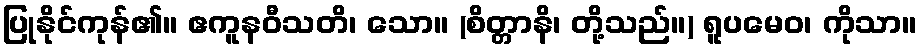
ပြုနိုင်ကုန်၏။ ဧကူနဝီသတိ၊ သော။ (စိတ္တာနိ၊ တို့သည်။) ရူပမေဝ၊ ကိုသာ။